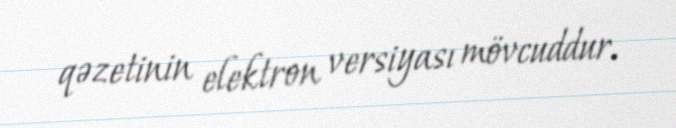
qəzetinin elektron versiyası mövcuddur.